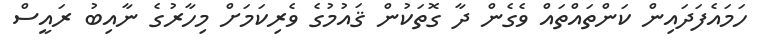
ހަމައެފަދައިން ކަންތައްތައް ވެގެން ދާ ގޮތަކުން ޤައުމުގެ ވެރިކަމަށް މިހާރުގެ ނާއިބު ރައީސް